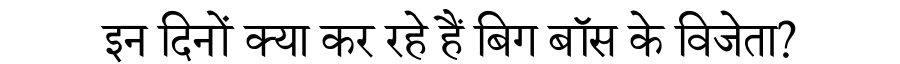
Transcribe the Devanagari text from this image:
इन दिनों क्या कर रहे हैं बिग बॉस के विजेता?